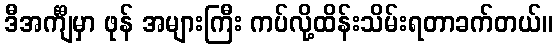
ဒီအင်္ကျီမှာ ဖုန် အများကြီး ကပ်လို့ထိန်းသိမ်းရတာခက်တယ်။